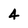
Character: 4